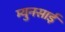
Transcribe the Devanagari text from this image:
म्युनसाई